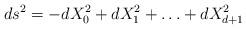
LaTeX: \begin{align*}ds^2 = -dX_0^2 + dX_1^2 + \ldots + dX_{d+1}^2\end{align*}